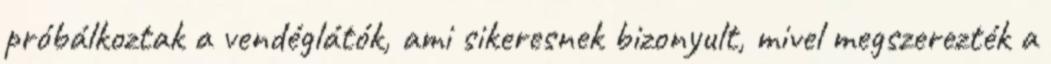
próbálkoztak a vendéglátók, ami sikeresnek bizonyult, mivel megszerezték a